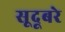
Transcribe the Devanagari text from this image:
सूदूबरे